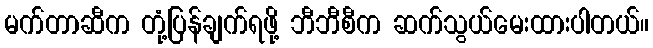
မက်တာဆီက တုံ့ပြန်ချက်ရဖို့ ဘီဘီစီက ဆက်သွယ်မေးထားပါတယ်။